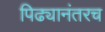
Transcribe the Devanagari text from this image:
पिढ्यानंतरच